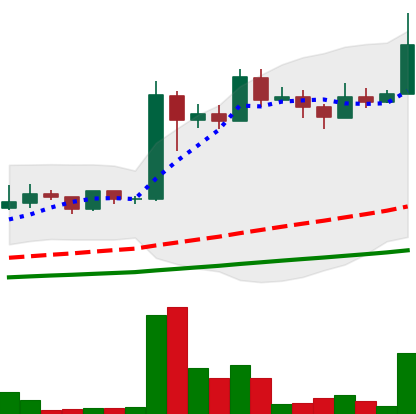
Ticker: LINK-USD
Chart end date: 2019-06-25
Forward return: 57.413%
Label: up_7plus